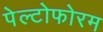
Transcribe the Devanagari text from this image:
पेल्टोफोरम